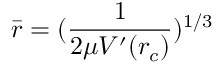
\bar { r } = ( \frac { 1 } { 2 \mu V ^ { \prime } ( r _ { c } ) } ) ^ { 1 / 3 }